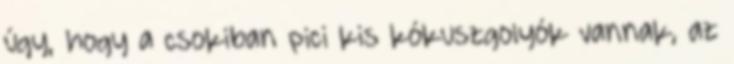
úgy, hogy a csokiban pici kis kókuszgolyók vannak, az